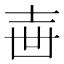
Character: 𡔥